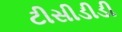
ટીસીડીડી